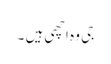
جی وہ اچھی ہیں ۔